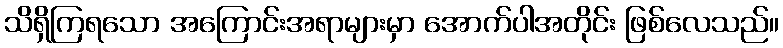
သိရှိကြရသော အကြောင်းအရာများမှာ အောက်ပါအတိုင်း ဖြစ်လေသည်။